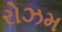
રોઝમ